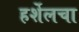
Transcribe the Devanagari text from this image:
हर्शेलचा